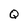
Character: Q